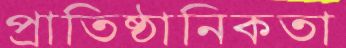
প্রাতিষ্ঠানিকতা